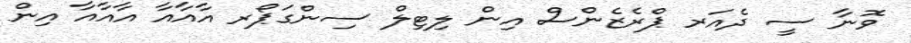
ވޮނާ ސީ ދެއަރ ޕްރެޒެންސް އިން ލިޓިލް ސިންގަޕޯރ އާއާއާ އާއާއާ އިން